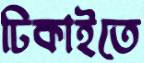
ঢিকাইতে